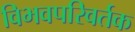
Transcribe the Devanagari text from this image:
विभवपरिवर्तक